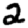
Digit: 2